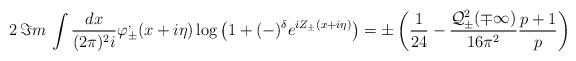
LaTeX: \begin{align*}2\, \Im m\, \int \frac{dx}{(2\pi )^{2}i}\varphi ^{,}_{\pm }(x+i\eta )\log \left( 1+(-)^{\delta }e^{iZ_{\pm }(x+i\eta )}\right) =\pm \left( \frac{1}{24}-\frac{{\cal Q}^{2}_{\pm }(\mp \infty )}{16\pi ^{2}}\frac{p+1}{p}\right)\end{align*}